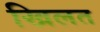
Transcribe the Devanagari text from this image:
खिलत